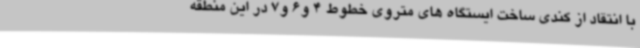
با انتقاد از کندی ساخت ایستگاه های متروی خطوط 4 و6 و7 در این منطقه